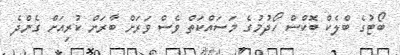
ބޯޓުގެ ބްލެކް ބޮކްސް ހޯދުމުގެ މަސައްކަތް ވެސް ވަރަށް ބާރަށް ކުރިއަށް ގެންދެ